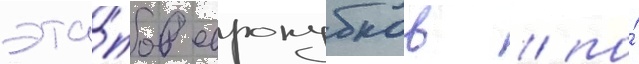
эта́пов еврокубков / по́